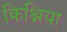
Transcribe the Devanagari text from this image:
क्रिश्निया